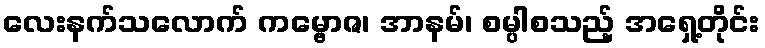
လေးနက်သလောက် ကမ္ဗောဇ၊ အာနမ်၊ စမ္ပါစသည့် အရှေ့တိုင်း